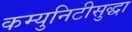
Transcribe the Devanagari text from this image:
कम्युनिटीसुद्धा